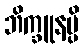
ဘိက္ခူနမ္ပိ